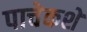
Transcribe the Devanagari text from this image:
पाचेकशे